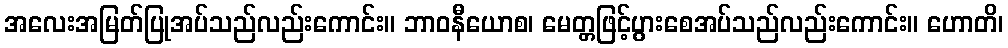
အလေးအမြတ်ပြုအပ်သည်လည်းကောင်း။ ဘာဝနီယောစ၊ မေတ္တဖြင့်ပွားစေအပ်သည်လည်းကောင်း။ ဟောတိ၊